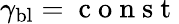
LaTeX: {\gamma_{\mathrm{bl}}=\mathrm{~c~o~n~s~t~}}